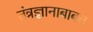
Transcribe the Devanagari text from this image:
तंत्रज्ञानाबाबत